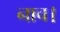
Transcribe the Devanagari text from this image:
नाच।